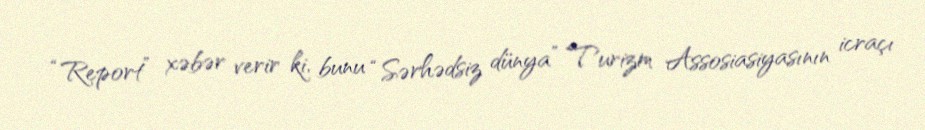
“Report” xəbər verir ki, bunu “Sərhədsiz dünya” Turizm Assosiasiyasının icraçı